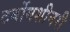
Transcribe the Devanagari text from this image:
टर्बोमशीनरी